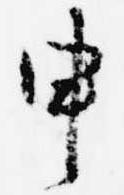
申